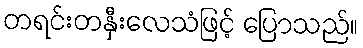
တရင်းတနှီးလေသံဖြင့် ပြောသည်။